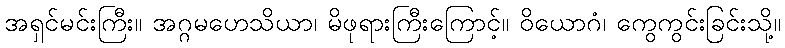
အရှင်မင်းကြီး။ အဂ္ဂမဟေသိယာ၊ မိဖုရားကြီးကြောင့်။ ဝိယောဂံ၊ ကွေကွင်းခြင်းသို့။